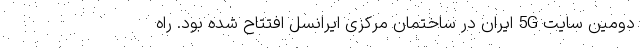
دومین سایت 5G ایران در ساختمان مرکزی ایرانسل افتتاح شده بود. راه‌